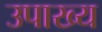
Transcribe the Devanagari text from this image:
उपाख्‍य